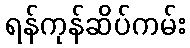
ရန်ကုန်ဆိပ်ကမ်း